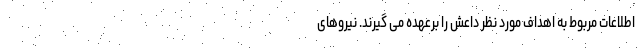
اطلاعات مربوط به اهداف مورد نظر داعش را برعهده می گیرند. نیروهای